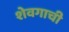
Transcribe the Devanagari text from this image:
शेवगाची